Document type: Act of concord
Year: 1255
Scribe: Pere de Terme
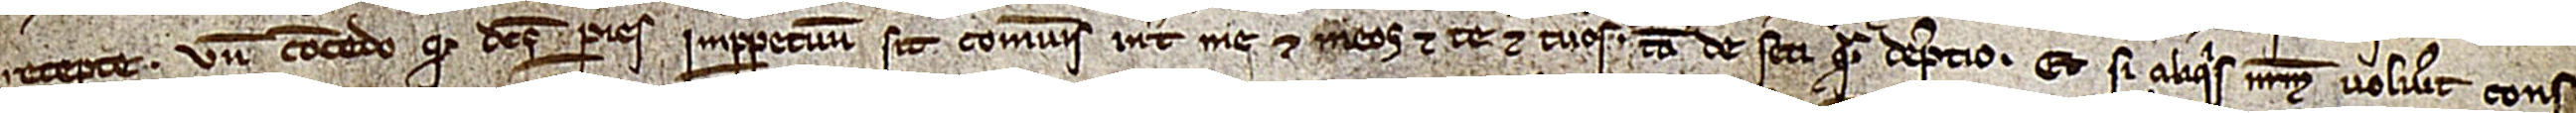
recepte. Unde concedo quod dicto paries imperpetuum sit comunis inter me et meos et te et tuos, tam de seti quam de pretio. Et si aliquis nostrum voluerit cons-